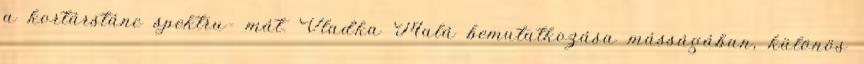
a kortárstánc spektru- mát. Vlad'ka Malá bemutatkozása másságában, különös